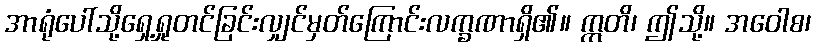
အာရုံပေါ်သို့ရှေ့ရှုတင်ခြင်းလျှင်မှတ်ကြောင်းလက္ခဏာရှိ၏။ ဣတိ၊ ဤသို့။ အဝေါစ၊